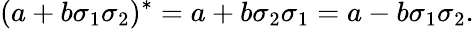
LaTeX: (a+b\sigma_{1}\sigma_{2})^{*}=a+b\sigma_{2}\sigma_{1}=a-b\sigma_{1}\sigma_{2}.